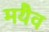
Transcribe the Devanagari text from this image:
मयैव